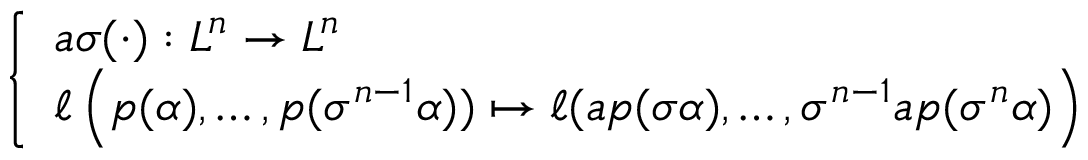
\left\{ \begin{array} { l l } { a \sigma ( \cdot ) : L ^ { n } \to L ^ { n } } \\ { \ell \left( p ( \alpha ) , \ldots , p ( \sigma ^ { n - 1 } \alpha ) ) \mapsto \ell ( a p ( \sigma \alpha ) , \ldots , \sigma ^ { n - 1 } a p ( \sigma ^ { n } \alpha ) \right) } \end{array} \right.